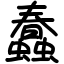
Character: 蠢